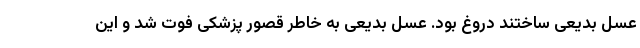
عسل بدیعی ساختند دروغ بود. عسل بدیعی به خاطر قصور پزشکی فوت شد و این